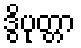
ဒွိပုတ္တာ